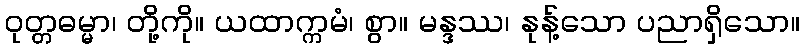
ဝုတ္တဓမ္မာ၊ တို့ကို။ ယထာက္ကမံ၊ စွာ။ မန္ဒဿ၊ နုန့်သော ပညာရှိသော။